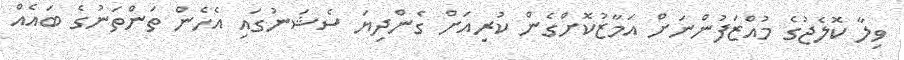
ވިލާ ކޮލެޖުގެ މުއްޒަފުންނަށް އަމާޒުކޮށްގެން ކުރިއަށް ގެންދިޔަ ސެޝަނުގައި އެހެން ތަންތަނުގެ ބައެއް